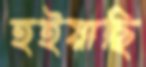
হইয়াছি